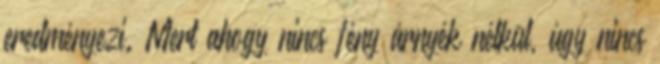
eredményezi. Mert ahogy nincs fény árnyék nélkül, úgy nincs